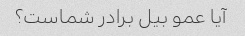
آیا عمو بیل برادر شماست؟